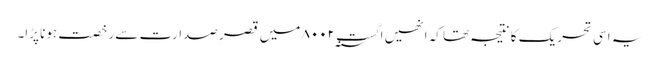
یہ اسی تحریک کا نتیجہ تھا کہ انھیں اگست ۸۰۰۲؁ میں قصرِ صدارت سے رخصت ہونا پڑا۔